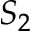
S _ { 2 }